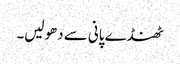
ٹھنڈے پانی سے دھولیں۔